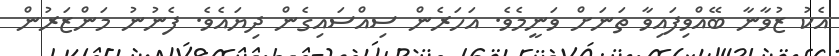
އެކު ޒުވާނާ ބޭއްވިފައިވާ ތަނަށް ވަނީމެވެ. އަހަރެން ސިއްސައިގެން ދިޔައެވެ. ފެނުނު މަންޒަރުން